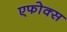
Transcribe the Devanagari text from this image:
एफोक्स